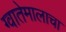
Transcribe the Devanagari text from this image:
ग्वातेमालाचा